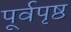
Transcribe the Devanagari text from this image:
पूर्वपृष्ठ